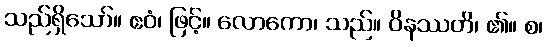
သည်ရှိသော်။ ဧဝံ၊ ဖြင့်။ လောကော၊ သည်။ ဝိနဿတိ၊ ၏။ စ၊